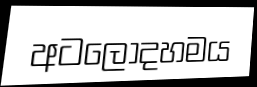
අටලෝදහමය